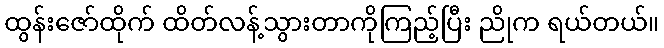
ထွန်းဇော်ထိုက် ထိတ်လန့်သွားတာကိုကြည့်ပြီး ညိုက ရယ်တယ်။